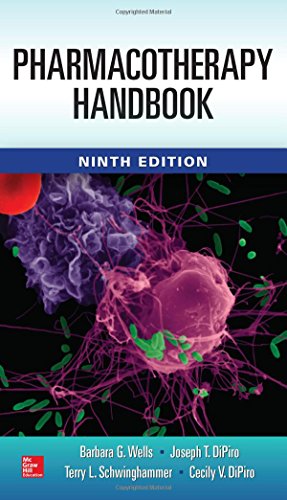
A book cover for Pharmacotherapy Handbook, 9/E; Barbara Wells; Medical Books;